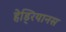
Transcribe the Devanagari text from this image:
हेड्रियानस